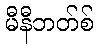
မီနီဘတ်စ်